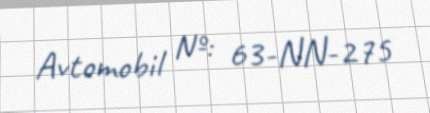
Avtomobil №: 63-NN-275